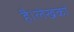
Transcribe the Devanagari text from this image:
है।लेखकों